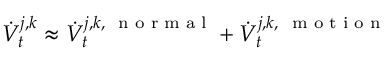
\dot { V } _ { t } ^ { j , k } \approx \dot { V } _ { t } ^ { j , k , \mathrm { ~ \scriptsize ~ n ~ o ~ r ~ m ~ a ~ l ~ } } + \dot { V } _ { t } ^ { j , k , \mathrm { ~ \scriptsize ~ m ~ o ~ t ~ i ~ o ~ n ~ } }